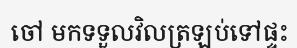
ចៅ មកទទួលវិលត្រឡប់ទៅផ្ទះ